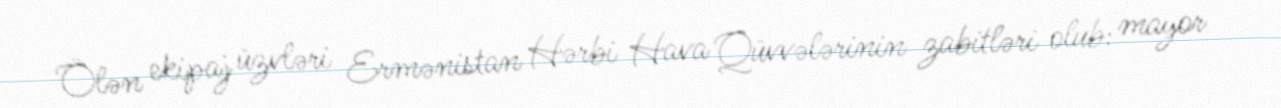
Ölən ekipaj üzvləri Ermənistan Hərbi Hava Qüvvələrinin zabitləri olub: mayor